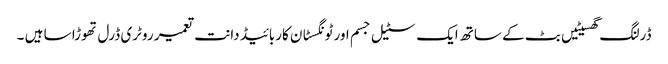
ڈرلنگ گھسیٹیں بٹ کے ساتھ ایک سٹیل جسم اور ٹونگسٹان کاربائیڈ دانت تعمیر روٹری ڈرل تھوڑا سا ہیں ۔